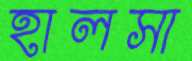
হালসা